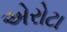
એરોટા